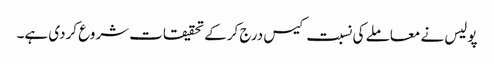
پولیس نے معاملے کی نسبت کیس درج کرکے تحقیقات شروع کردی ہے۔